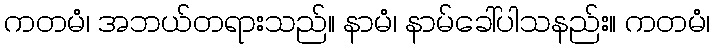
ကတမံ၊ အဘယ်တရားသည်။ နာမံ၊ နာမ်ခေါ်ပါသနည်း။ ကတမံ၊